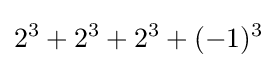
2^{3}+2^{3}+2^{3}+(-1)^{3}